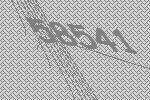
58541